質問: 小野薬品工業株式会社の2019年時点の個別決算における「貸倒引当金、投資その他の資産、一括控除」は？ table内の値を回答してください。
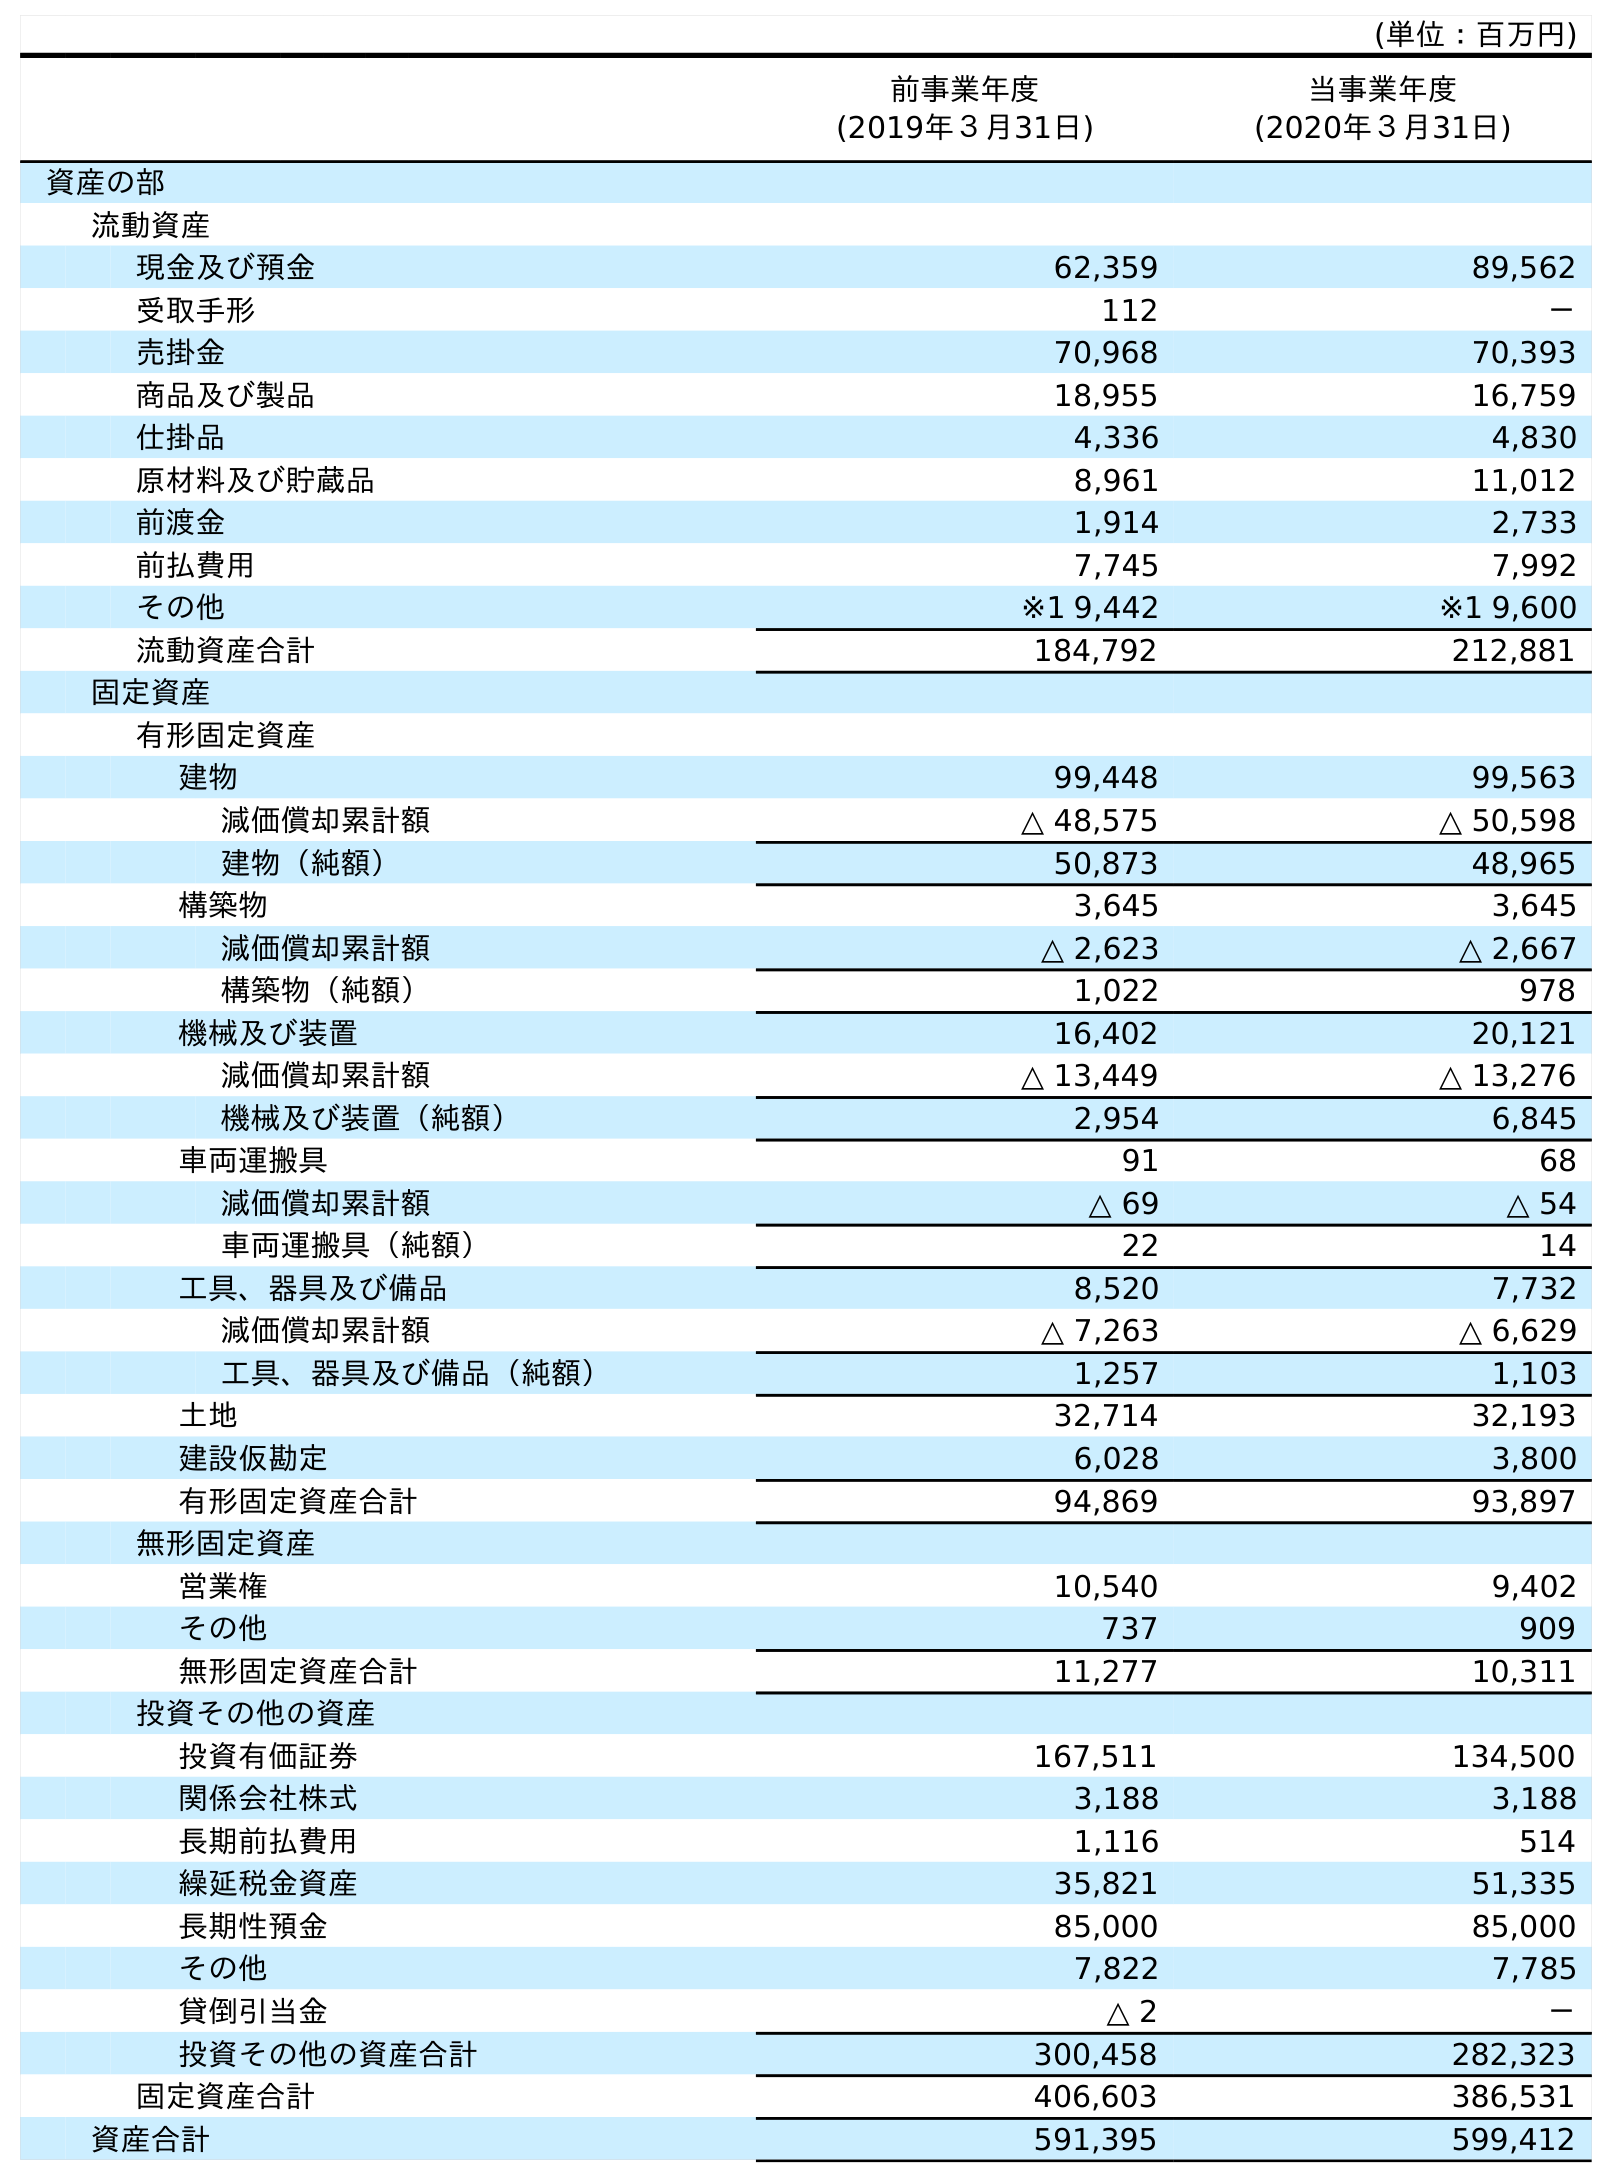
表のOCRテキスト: (単位：百万円) 前事業年度 (2019年３月31日) 当事業年度 (2020年３月31日) 資産の部 流動資産 現金及び預金 62,359 89,562 受取手形 112 － 売掛金 70,968 70,393 商品及び製品 18,955 16,759 仕掛品 4,336 4,830 原材料及び貯蔵品 8,961 11,012 前渡金 1,914 2,733 前払費用 7,745 7,992 その他 ※1 9,442 ※1 9,600 流動資産合計 184,792 212,881 固定資産 有形固定資産 建物 99,448 99,563 減価償却累計額 △ 48,575 △ 50,598 建物（純額） 50,873 48,965 構築物 3,645 3,645 減価償却累計額 △ 2,623 △ 2,667 構築物（純額） 1,022 978 機械及び装置 16,402 20,121 減価償却累計額 △ 13,449 △ 13,276 機械及び装置（純額） 2,954 6,845 車両運搬具 91 68 減価償却累計額 △ 69 △ 54 車両運搬具（純額） 22 14 工具、器具及び備品 8,520 7,732 減価償却累計額 △ 7,263 △ 6,629 工具、器具及び備品（純額） 1,257 1,103 土地 32,714 32,193 建設仮勘定 6,028 3,800 有形固定資産合計 94,869 93,897 無形固定資産 営業権 10,540 9,402 その他 737 909 無形固定資産合計 11,277 10,311 投資その他の資産 投資有価証券 167,511 134,500 関係会社株式 3,188 3,188 長期前払費用 1,116 514 繰延税金資産 35,821 51,335 長期性預金 85,000 85,000 その他 7,822 7,785 貸倒引当金 △ 2 － 投資その他の資産合計 300,458 282,323 固定資産合計 406,603 386,531 資産合計 591,395 599,412
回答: △2